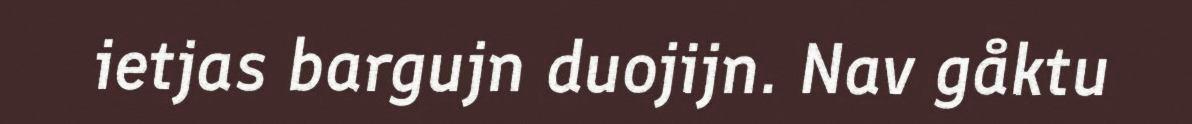
ietjas bargujn duojijn. Nav gåktu